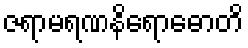
ဇရာမရဏနိရောဓောတိ